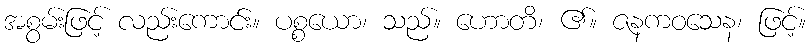
အစွမ်းဖြင့် လည်းကောင်း။ ပစ္စယော၊ သည်။ ဟောတိ၊ ၏။ ဇနကဝသေန၊ ဖြင့်။